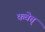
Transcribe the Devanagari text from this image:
कवेत्त्